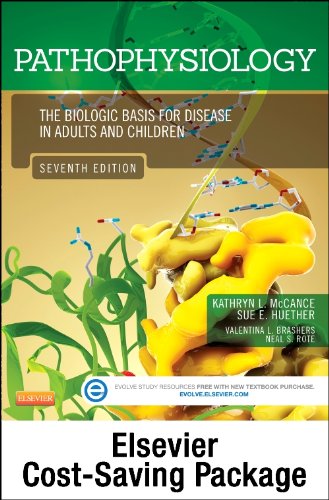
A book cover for Pathophysiology Online for Pathophysiology (Access Code and Textbook Package): The Biologic Basis for Disease in Adults and Children, 7e; Kathryn L. McCance RN  PhD; Medical Books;